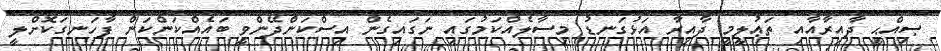
ޞިއްޙީ ދާއިރާއާއި ތަޢުލީމީ ދާއިރާ އަޅުގަނޑު މިސާލެއްކަމުގައި ނަގައިގެން އިސްކަންދޭންވީ ބައެއްކަންކަން ފާހަނގަކޮށްލީ